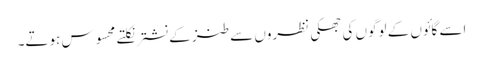
اسے گائوں کے لوگوں کی جھکی نظروں سے طنز کے نشترنکلتے محسوس ہوتے۔